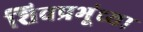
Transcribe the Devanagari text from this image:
शिवप्रभूंच्या